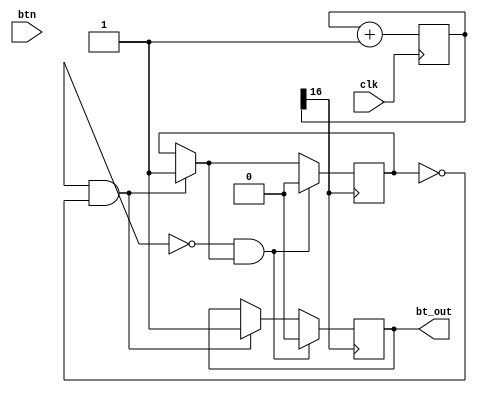
module bt_filter(input clk, input btn, output reg bt_out);

reg [31:0] cnt = 32'b0;
reg bt_lag = 0;

always @(posedge clk) begin
    cnt = cnt+1;
end

always @(posedge cnt[16]) begin
    if (bt ==1 & bt_lag==0) begin
        bt_out=1;
        bt_lag=1;
    end

    if (bt ==0 & bt_lag==1) begin
        bt_out=0;
        bt_lag=0;
    end
end

endmodule